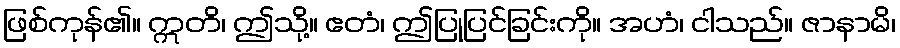
ဖြစ်ကုန်၏။ ဣတိ၊ ဤသို့။ ဧတံ၊ ဤပြုပြင်ခြင်းကို။ အဟံ၊ ငါသည်။ ဇာနာမိ၊